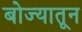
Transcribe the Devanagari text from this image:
बोज्यातून